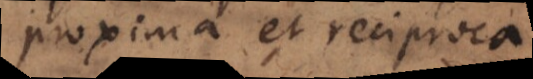
proxima et reciproca;